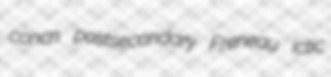
concn postsecondary Freneau ictic